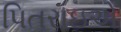
પિતરાઇએ